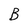
Character: B